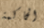
الحاكمة